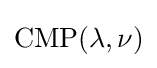
\mathrm {CMP} (\lambda ,\nu )